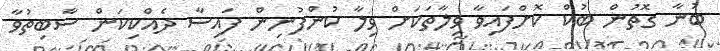
ބުނާ ގޮތުން ބުކް ކޮށްފައިވާ ވިލާތަކަށް ވިލާ ކުންފުނިން ފައިސާ ދެއްކިކަން ސާބިތުވާ